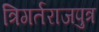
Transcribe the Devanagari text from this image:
त्रिगर्तराजपुत्र